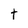
Character: t